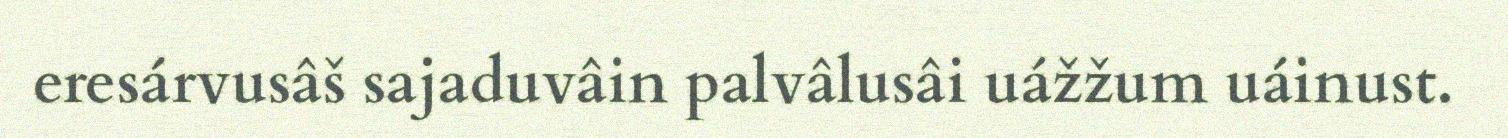
eresárvusâš sajaduvâin palvâlusâi uážžum uáinust.